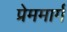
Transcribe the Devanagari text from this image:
प्रेममार्ग